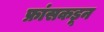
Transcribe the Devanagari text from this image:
फ्रांसकडून